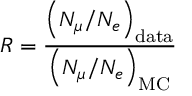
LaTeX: R = \frac { \left( { N _ { \mu } } / { N _ { e } } \right) _ { \mathrm { d a t a } } } { \left( { N _ { \mu } } / { N _ { e } } \right) _ { \mathrm { M C } } }